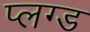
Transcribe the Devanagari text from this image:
प्लग्ड